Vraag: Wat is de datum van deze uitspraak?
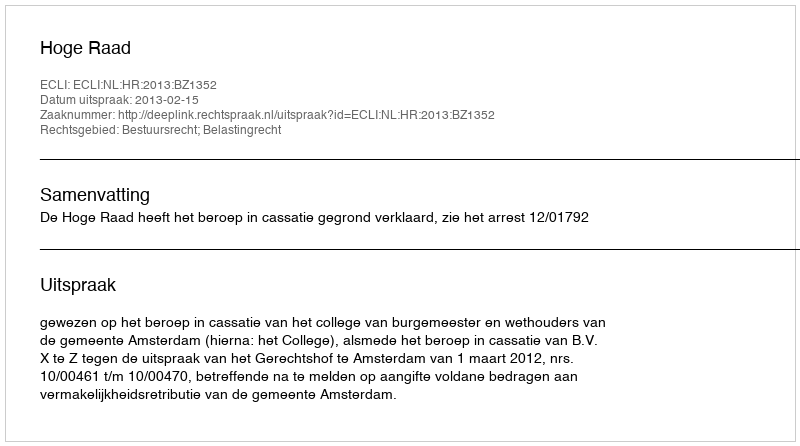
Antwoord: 2013-02-15